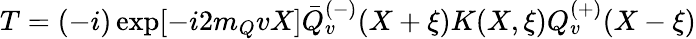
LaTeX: T=(-i)\exp[-i2m_{Q}vX]\bar{Q}_{v}^{(-)}(X+\xi)K(X,\xi)Q_{v}^{(+)}(X-\xi)